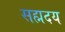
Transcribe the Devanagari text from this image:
सह्मदय